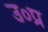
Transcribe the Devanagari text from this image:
उ०प्र